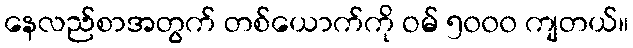
နေလည်စာအတွက် တစ်ယောက်ကို ဝမ် ၅၀၀၀ ကျတယ်။